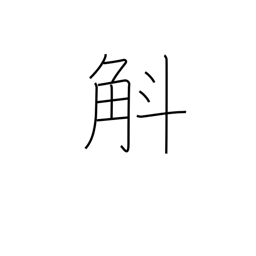
Meaning: ten to